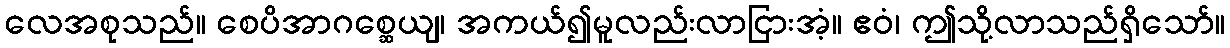
လေအစုသည်။ စေပိအာဂစ္ဆေယျ၊ အကယ်၍မူလည်းလာငြားအံ့။ ဧဝံ၊ ဤသို့လာသည်ရှိသော်။